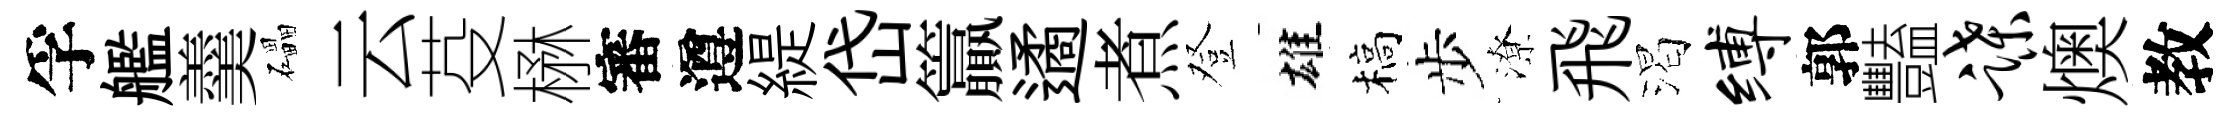
孚艦羹礧云芟楙審遵緹岱籯遹煮登雄槁步潦飛渴缚郭豔蹀燠教